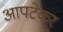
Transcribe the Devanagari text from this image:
आपटेकर